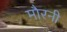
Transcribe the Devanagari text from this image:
मौरनी